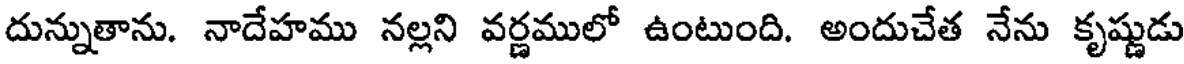
దున్నుతాను. నాదేహము నల్లని వర్ణములో ఉంటుంది. అందుచేత నేను కృష్ణుడు